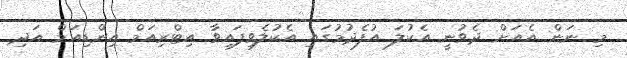
މި ނަން އެއަށް ދެވުނީ އެކުލަ އުފެދުމުގައި އެކުލެވިފައިވާ އިޓްރިއަމް އިންޑިއަމް އަދި